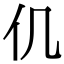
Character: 仉